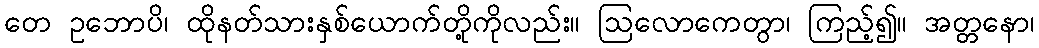
တေ ဥဘောပိ၊ ထိုနတ်သားနှစ်ယောက်တို့ကိုလည်း။ ဩလောကေတွာ၊ ကြည့်၍။ အတ္တနော၊